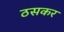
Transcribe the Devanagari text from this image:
ठसकर